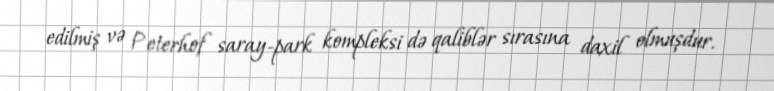
edilmiş və Peterhof saray-park kompleksi də qaliblər sırasına daxil olmuşdur.